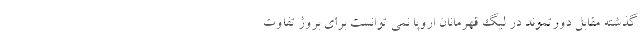
گذشته مقابل دورتموند در لیگ قهرمانان اروپا نمی توانست برای بروژ تفاوت